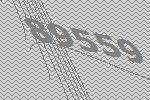
89559